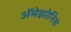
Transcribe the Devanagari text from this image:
ॲमेझोनिस